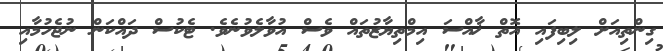
ގިންތިއަށް ލިބިފައި އޮތް ޚާއްސަ އިމްތިޔާޒުތައް ވެސް އުވާލެވުނެވެ. ޓެކުސް ދައްކަން ނުޖެހުމާއި